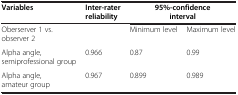
| Variables | Inter-rater reliability | <COLSPAN=2> 95%-confidence interval |
 | --- | --- | --- | --- |
 | Oberserver 1 vs. observer 2 |  | Minimum level | Maximum level |
 | Alpha angle, semiprofessional group | 0.966 | 0.87 | 0.99 |
 | Alpha angle, amateur group | 0.967 | 0.899 | 0.989 |